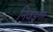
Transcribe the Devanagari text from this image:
निवडुंगा